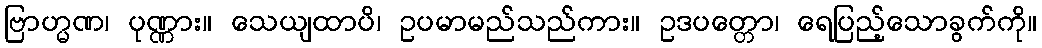
ဗြာဟ္မဏ၊ ပုဏ္ဏား။ သေယျထာပိ၊ ဥပမာမည်သည်ကား။ ဥဒပတ္တော၊ ရေပြည့်သောခွက်ကို။